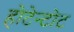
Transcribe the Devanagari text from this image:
होटेन्टोट